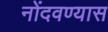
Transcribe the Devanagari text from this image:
नोंदवण्यास